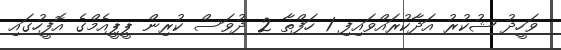
ވަހީދު ޝުކުރު އަދާކުރައްވައިފި 1 ހަފްތާ 2 ދުވަސް ކުރިން ޕީޕީއެމްގެ އޮފީހުގައި